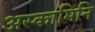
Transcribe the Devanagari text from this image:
अस्कामिनि